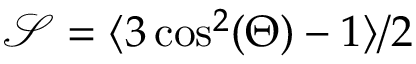
\mathcal { S } = \langle 3 \cos ^ { 2 } ( \Theta ) - 1 \rangle / 2